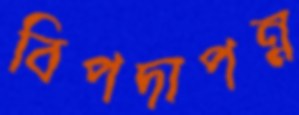
বিপদাপন্ন